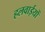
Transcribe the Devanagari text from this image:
हलवाईयों